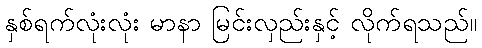
နှစ်ရက်လုံးလုံး မာနာ မြင်းလှည်းနှင့် လိုက်ရသည်။